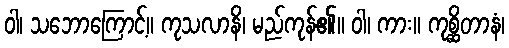
ဝါ၊ သဘောကြောင့်။ ကုသလာနိ၊ မည်ကုန်၏။ ဝါ၊ ကား။ ကုစ္ဆိတာနံ၊